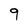
Character: 9